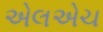
એલએચ